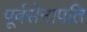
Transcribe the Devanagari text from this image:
पूर्वसेनापति